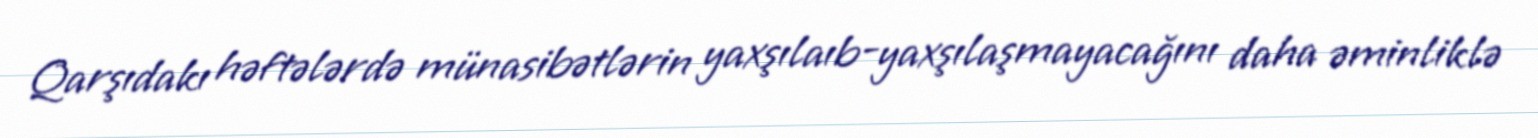
Qarşıdakı həftələrdə münasibətlərin yaxşılaıb-yaxşılaşmayacağını daha əminliklə